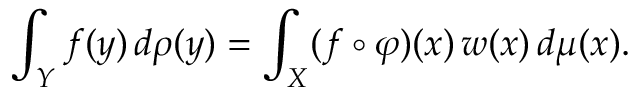
\int _ { Y } f ( y ) \, d \rho ( y ) = \int _ { X } ( f \circ \varphi ) ( x ) \, w ( x ) \, d \mu ( x ) .